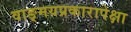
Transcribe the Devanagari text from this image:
वाङ्‌मयप्रकारापेक्षा